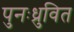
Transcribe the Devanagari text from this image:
पुनःध्रुवित